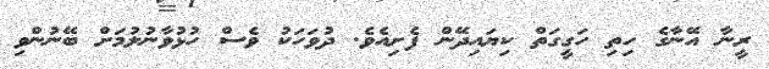
ރީނާ އޭނާގެ ހިތި ހަގީގަތް ކިޔައިދޭން ފެށިއެވެ. ދުވަހަކު ވެސް ހުޅުވާނުލުމަށް ބޭނުންވި